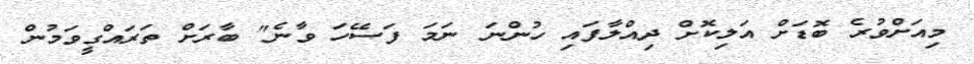
މިއަށްވުރެ ބޮޑަށް އަލިކޮށް ދިއްލާފައި ހުންނަ ނަމަ ފަސޭހަ ވާނެ" ބާރަށް ތަރައްގީވަމުން